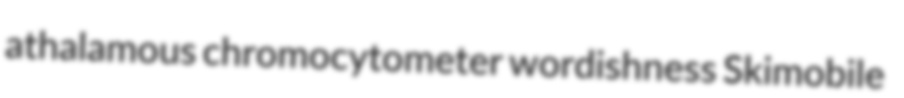
athalamous chromocytometer wordishness Skimobile